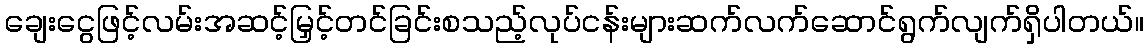
ချေးငွေဖြင့်လမ်းအဆင့်မြှင့်တင်ခြင်းစသည့်လုပ်ငန်းများဆက်လက်ဆောင်ရွက်လျက်ရှိပါတယ်။